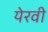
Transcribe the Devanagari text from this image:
येरवी